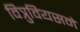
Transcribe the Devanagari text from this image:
वित्रुवियसने